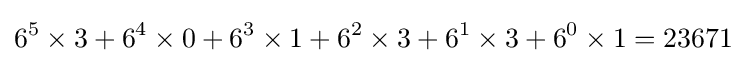
6^{5}\times 3+6^{4}\times 0+6^{3}\times 1+6^{2}\times 3+6^{1}\times 3+6^{0}\times 1=23671